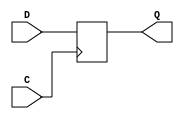
module flop (C, D, Q);  
//D[4:0] Data Input
//C Positive-Edge Clock
//CE Clock Enable (active High)
//Q[4:0] Data Output
  input C; 
  input [7:0] D;  
  output [7:0] Q;  
  reg [7:0] Q; 
  reg CE =1'b1;

  always @(posedge C)  
    begin  
       
       if (CE)  
          Q = D;  
    end  
endmodule